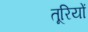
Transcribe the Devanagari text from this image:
तूरियों